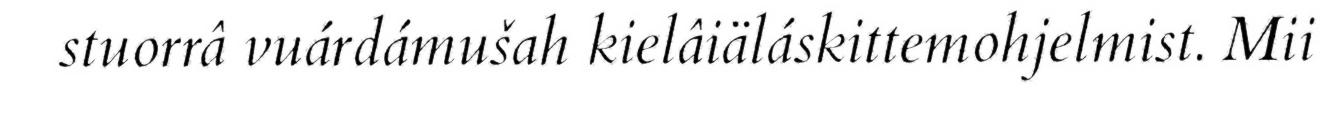
stuorrâ vuárdámušah kielâiäláskittemohjelmist. Mii